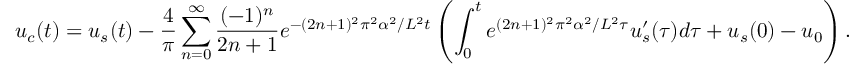
u _ { c } ( t ) = u _ { s } ( t ) - \frac { 4 } { \pi } \sum _ { n = 0 } ^ { \infty } \frac { ( - 1 ) ^ { n } } { 2 n + 1 } e ^ { - ( 2 n + 1 ) ^ { 2 } \pi ^ { 2 } \alpha ^ { 2 } / L ^ { 2 } t } \left( \int _ { 0 } ^ { t } e ^ { ( 2 n + 1 ) ^ { 2 } \pi ^ { 2 } \alpha ^ { 2 } / L ^ { 2 } \tau } u _ { s } ^ { \prime } ( \tau ) d \tau + u _ { s } ( 0 ) - u _ { 0 } \right) .